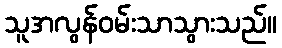
သူအလွန်ဝမ်းသာသွားသည်။